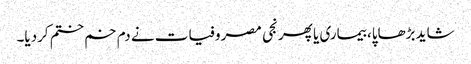
شاید بڑھاپا، بیماری یا پھر نجی مصروفیات نے دم خم ختم کردیا۔